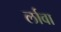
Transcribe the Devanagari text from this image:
र्लावा